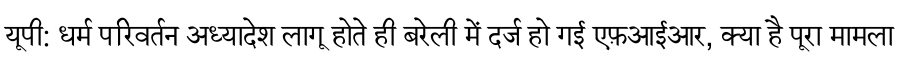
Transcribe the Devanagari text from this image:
यूपी: धर्म परिवर्तन अध्यादेश लागू होते ही बरेली में दर्ज हो गई एफ़आईआर, क्या है पूरा मामला